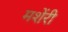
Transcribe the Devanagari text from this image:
मशेंरी